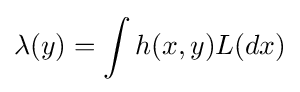
\lambda (y)=\int h(x,y)L(dx)